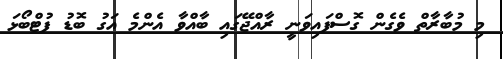
މި މުބާރާތް ވެގެން ގޮސްފައިވަނީ ރާއްޖޭގައި ބާއްވާ އެންމެ އަގު ބޮޑު ފުޓްބޯޅަ